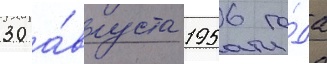
30 а́вгуста 1956 го́да